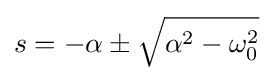
s=-\alpha \pm {\sqrt {\alpha ^{2}-\omega _{0}^{2}}}